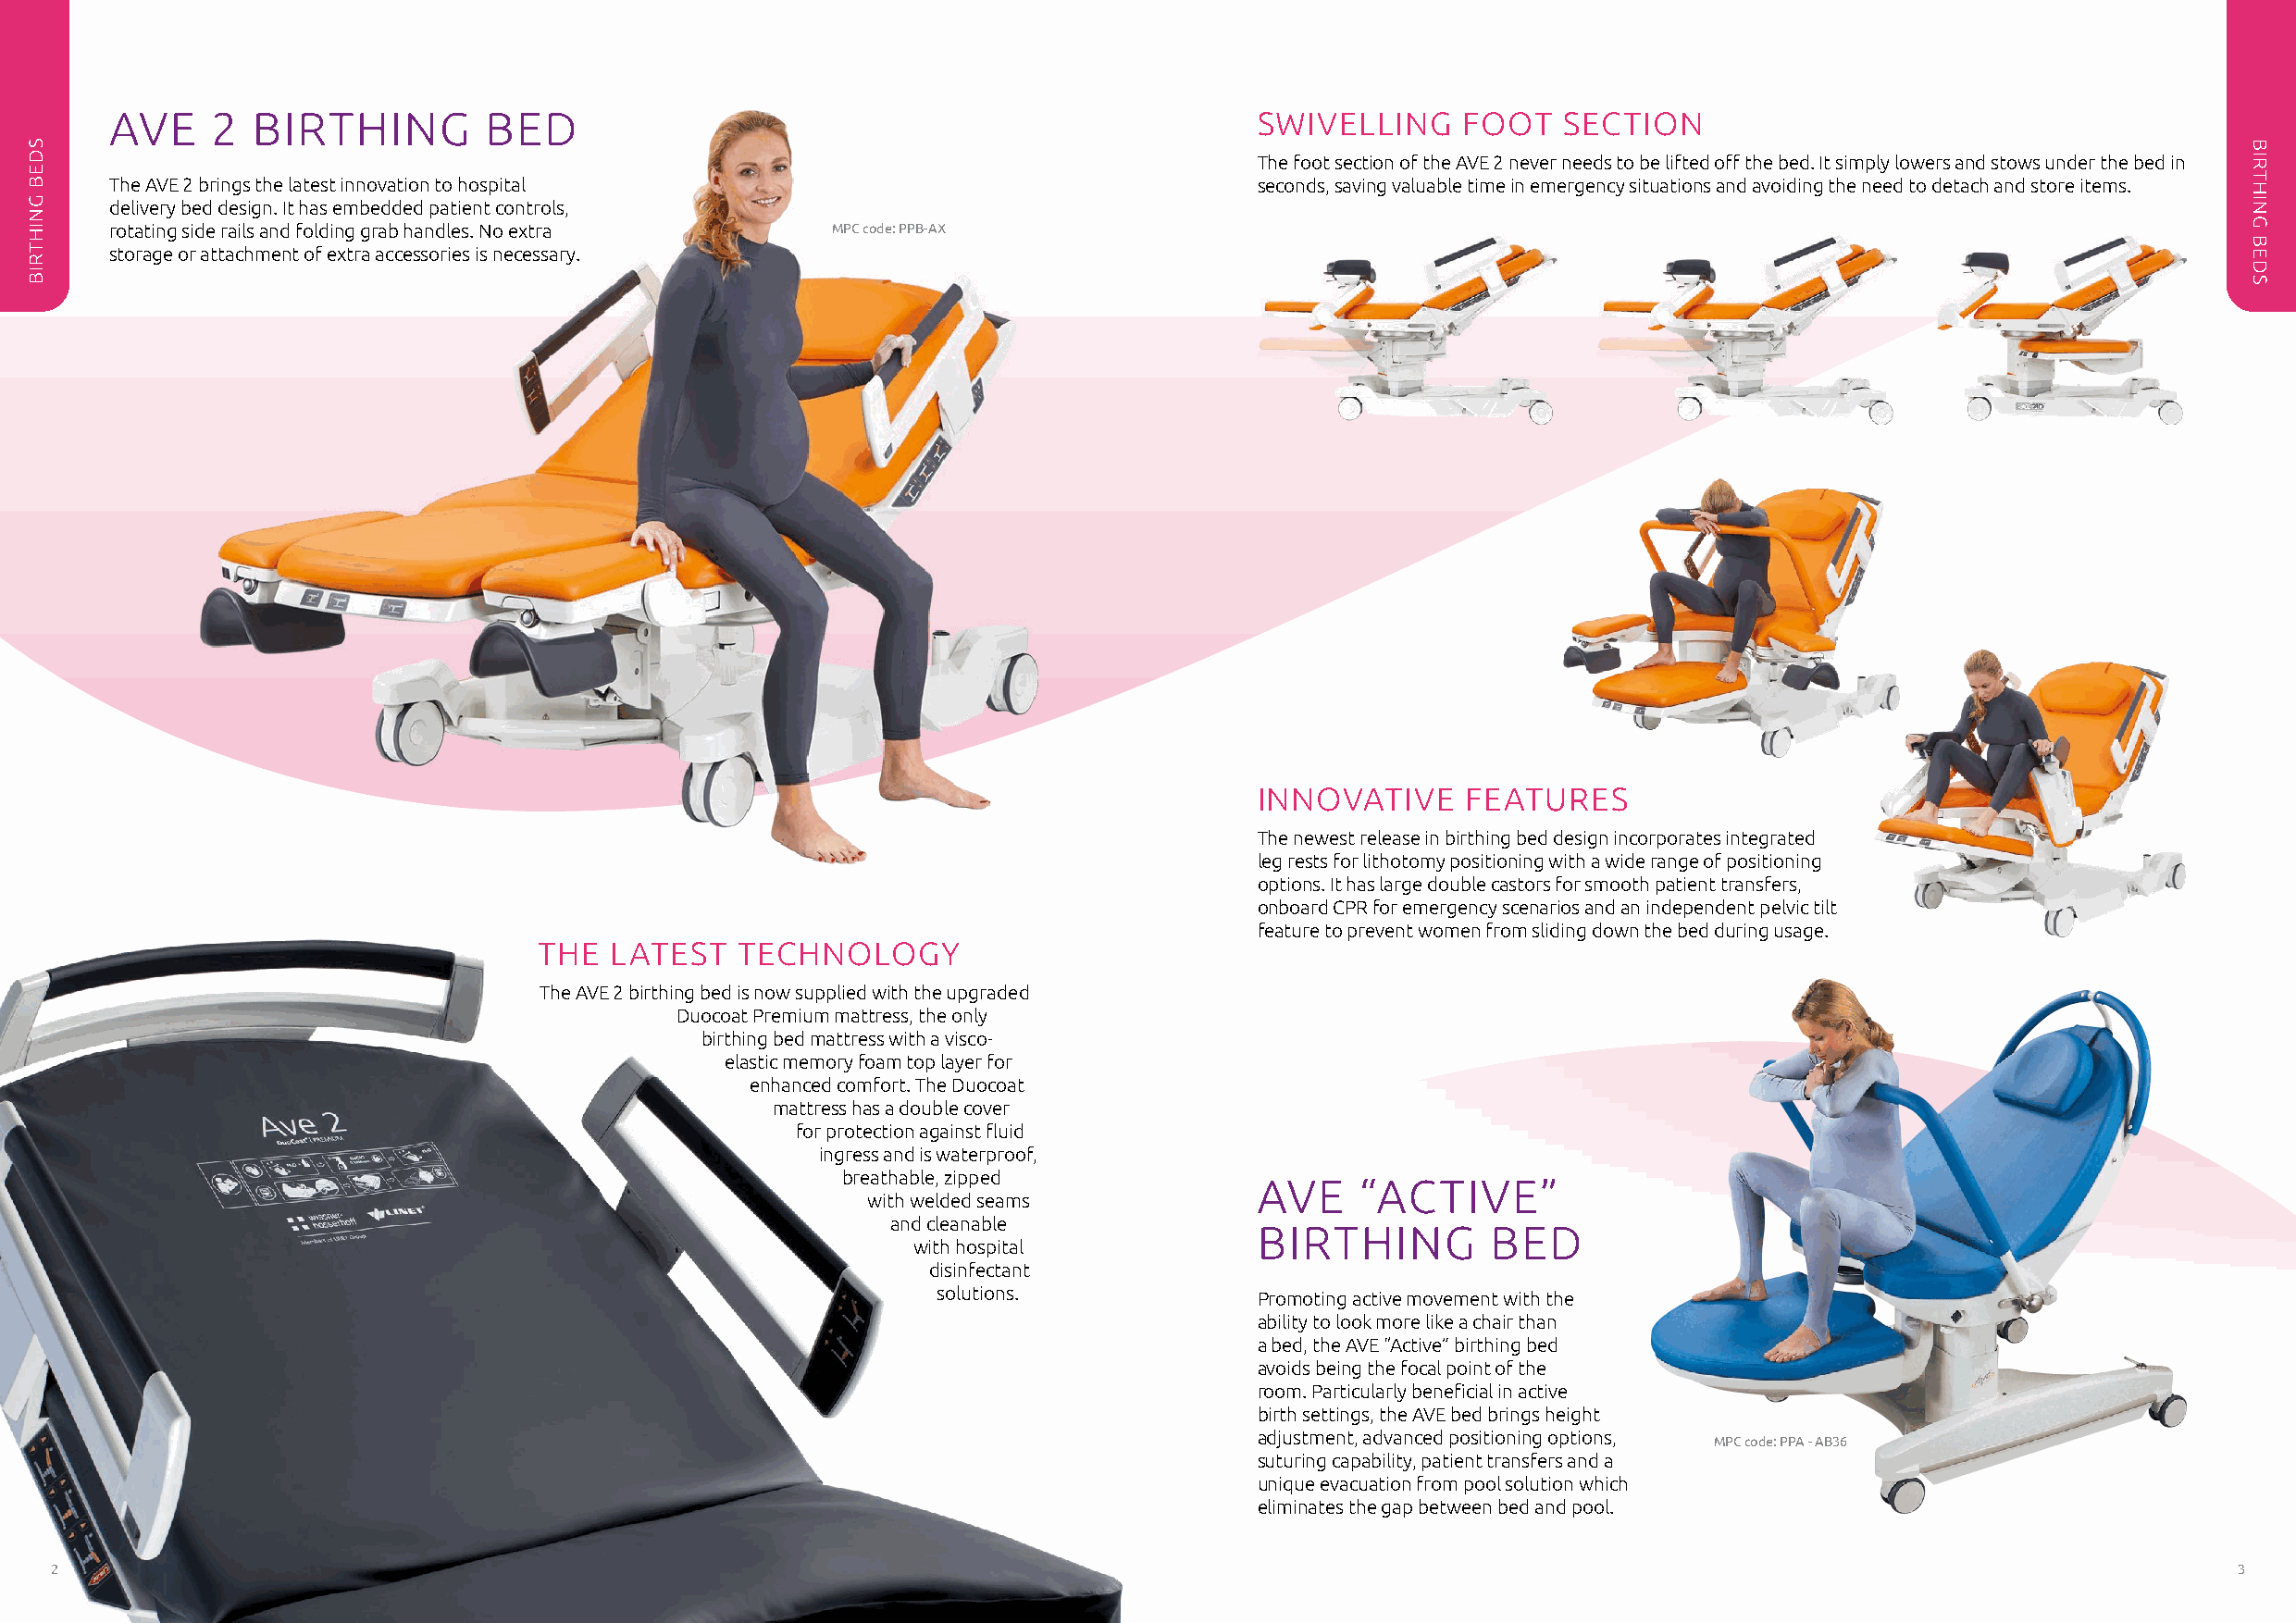
AVE    2  BIRTHING         BED                                                    SWIVELLING     FOOT   SECTION
 The foot section of the AVE 2 never needs to be lifted off the bed. It simply lowers and stows under the bed in
 The AVE 2 brings the latest innovation to hospital                                seconds, saving valuable time in emergency situations and avoiding the need to detach and store items.
 delivery bed design. It has embedded patient controls,
 rotating side rails and folding grab handles. No extra MPC code: PPB-AX
 storage or attachment of extra accessories is necessary.
 INNOVATIVE     FEATURES
 The newest release in birthing bed design incorporates integrated
 leg rests for lithotomy positioning with a wide range of positioning
 options. It has large double castors for smooth patient transfers,
 onboard CPR for emergency scenarios and an independent pelvic tilt
 feature to prevent women from sliding down the bed during usage.
 THE   LATEST   TECHNOLOGY
 The AVE 2 birthing bed is now supplied with the upgraded
 Duocoat Premium mattress, the only
 birthing bed mattress with a visco-
 elastic memory foam top layer for
 enhanced comfort. The Duocoat
 mattress has a double cover
 for protection against fluid
 ingress and is waterproof,
 breathable, zipped
 AVE    “ACTIVE”
 with welded seams
 and cleanable
 BIRTHING         BED
 with hospital
 disinfectant
 solutions.             Promoting active movement with the
 ability to look more like a chair than
 a bed, the AVE “Active” birthing bed
 avoids being the focal point of the
 room. Particularly beneficial in active
 birth settings, the AVE bed brings height
 adjustment, advanced positioning options,
 MPC code: PPA - AB36
 suturing capability, patient transfers and a
 unique evacuation from pool solution which
 eliminates the gap between bed and pool.
 2                                                                                                                                                           3
 SDEB
 GNIHTRIB
 BIRTHING
 BEDS